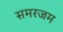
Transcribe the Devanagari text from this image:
समरजम